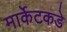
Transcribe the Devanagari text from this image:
मार्केटकडे